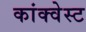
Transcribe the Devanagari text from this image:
कांक्वेस्ट